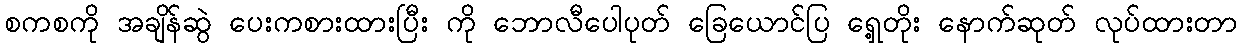
စကစကို အချိန်ဆွဲ ပေးကစားထားပြီး ကို ဘောလီပေါပုတ် ခြေယောင်ပြ ရှေ့တိုး နောက်ဆုတ် လုပ်ထားတာ